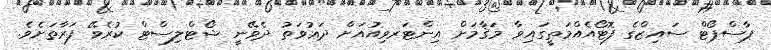
ޕާސްޕޯޓް ސައިޒްގެ ފޮޓޯއެއްމަތީގައިވާ މަޤާމަށް އިންޓަރވިއުއަށް ދަޢުވަތު ދެވޭނީ ޝޯޓްލިސްޓް ކުރެވޭ ފަރާތަށެވެ.